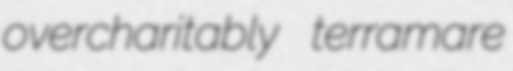
overcharitably terramare